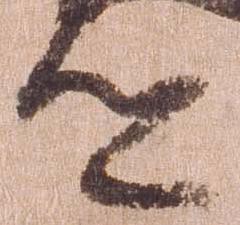
道